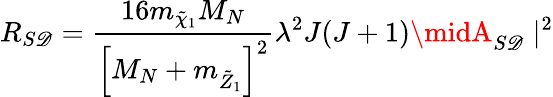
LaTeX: R_{S\mathscr{D}}={\frac{{16m_{\tilde{{\chi}}_{1}}M_{N}}}{{\left[M_{N}+m_{\tilde{{Z}}_{1}}\right]^{2}}}}\lambda^{2}J(J+1)\midA_{S\mathscr{D}}\mid^{2}